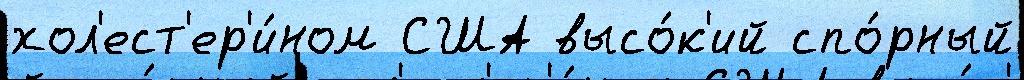
хол'ест'ер'и́ном США высо́к'ий спо́рный